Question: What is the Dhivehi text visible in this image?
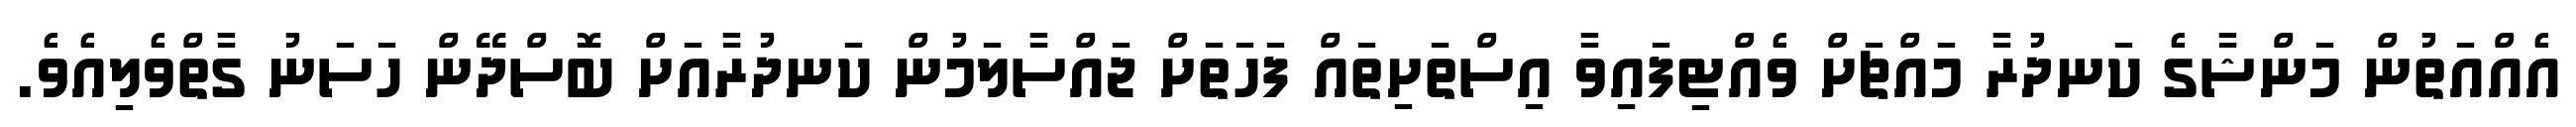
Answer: އެއްއަތުން މަންޝާގެ ކަނދުރާ މައްޗަށް ވެއްޓިފައިވާ އިސްތަށިތައް ފަހަތަށް ޖައްސާލަމުން ކަނދުރާއަށް ބޮސްދޭން ހަސަނު ގާތްވެލިއެވެ.